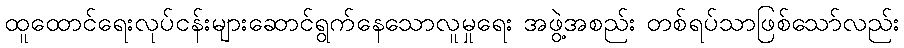
ထူထောင်ရေးလုပ်ငန်းများဆောင်ရွက်နေသောလူမှုရေး အဖွဲ့အစည်း တစ်ရပ်သာဖြစ်သော်လည်း